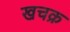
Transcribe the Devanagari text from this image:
खचक्र